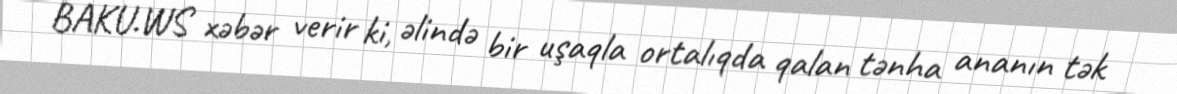
BAKU.WS xəbər verir ki, əlində bir uşaqla ortalıqda qalan tənha ananın tək